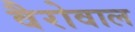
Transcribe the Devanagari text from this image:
वैरोवाल